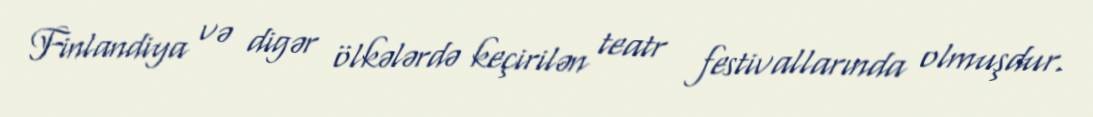
Finlandiya və digər ölkələrdə keçirilən teatr festivallarında olmuşdur.